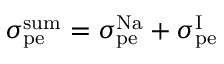
\sigma _ { \mathrm { p e } } ^ { \mathrm { s u m } } = \sigma _ { \mathrm { p e } } ^ { \mathrm { N a } } + \sigma _ { \mathrm { p e } } ^ { \mathrm { I } }